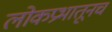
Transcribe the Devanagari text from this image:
लोकप्रभातूनच